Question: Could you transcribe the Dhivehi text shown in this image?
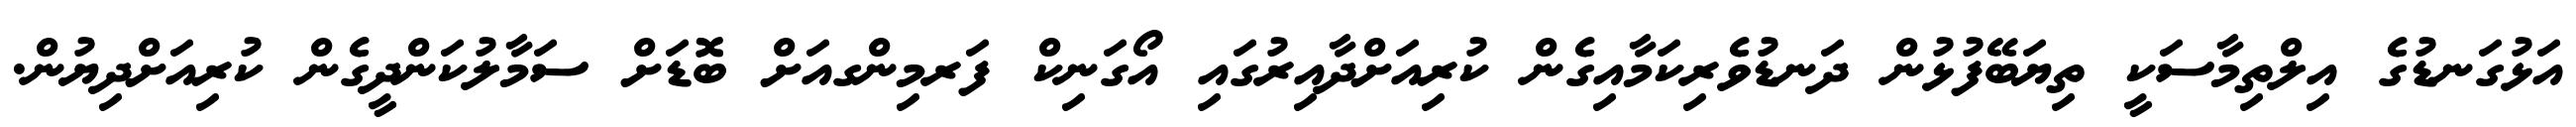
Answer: އަޅުގަނޑުގެ އިލްތިމާސަކީ ތިޔަބޭފުޅުން ދަނޑުވެރިކަމާއިގެން ކުރިއަށްދާއިރުގައި އޯގަނިކް ފަރމިންގއަށް ބޮޑަށް ސަމާލުކަންދީގެން ކުރިއަށްދިޔުން.